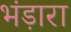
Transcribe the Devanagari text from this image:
भंड़ारा